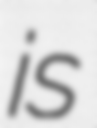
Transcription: is